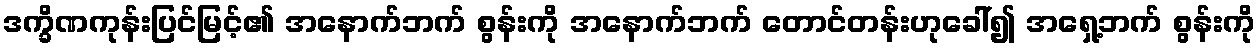
ဒက္ခိဏကုန်းပြင်မြင့်၏ အနောက်ဘက် စွန်းကို အနောက်ဘက် တောင်တန်းဟုခေါ်၍ အရှေ့ဘက် စွန်းကို